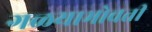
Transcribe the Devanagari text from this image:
गळयाभोवती